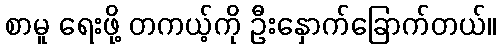
စာမူ ရေးဖို့ တကယ့်ကို ဦးနှောက်ခြောက်တယ်။